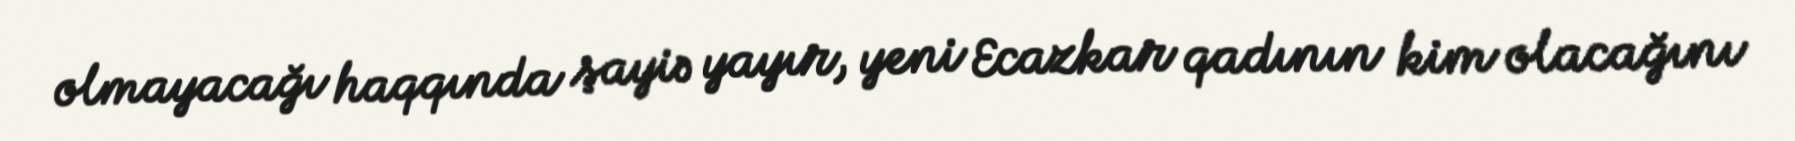
olmayacağı haqqında şayiə yayır, yeni Ecazkar qadının kim olacağını